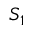
S _ { 1 }